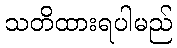
သတိထားရပါမည်